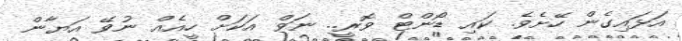
އަޅައިގެން ހޭށެވެ. ކައި ޑޯންޓް ވޮރީ.. ނަވް އަކަށް ހީއެއް ނުވޭ އަޔާން